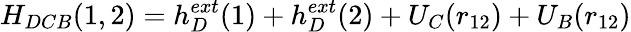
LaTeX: H_{DCB}(1,2)=h_{D}^{ext}(1)+h_{D}^{ext}(2)+U_{C}(r_{12})+U_{B}(r_{12})